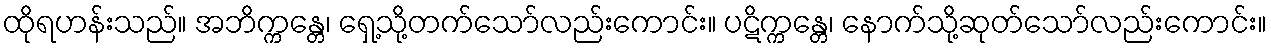
ထိုရဟန်းသည်။ အဘိက္ကန္တေ၊ ရှေ့သို့တက်သော်လည်းကောင်း။ ပဋိက္ကန္တေ၊ နောက်သို့ဆုတ်သော်လည်းကောင်း။